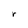
Character: r